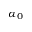
\alpha _ { 0 }